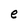
Character: e